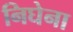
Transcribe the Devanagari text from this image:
निघेना